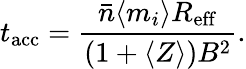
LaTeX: t_{\mathrm{acc}}=\frac{\bar{n}\langle m_{i}\rangle R_{\mathrm{eff}}}{(1+\langle Z\rangle)B^{2}}.